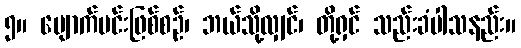
၅။ မျောက်မင်းဖြစ်စဉ်၊ ဘယ်သို့လျှင်၊ တို့ရှင် သည်းခံပါသနည်း။